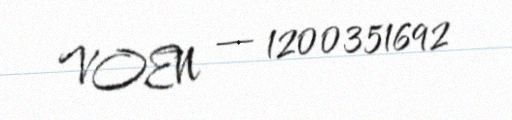
VOEN — 1200351692